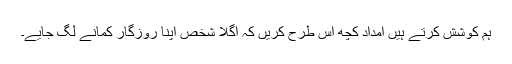
ہم کوشش کرتے ہیں امداد کچھ اس طرح کریں کہ اگلا شخص اپنا روزگار کمانے لگ جایے۔